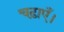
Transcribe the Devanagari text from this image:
चढ़ाएँ।